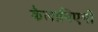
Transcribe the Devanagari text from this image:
कैलानिएमी